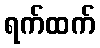
ရက်ထက်